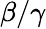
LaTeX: \beta/\gamma